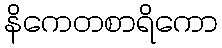
နိကေတစာရိကော